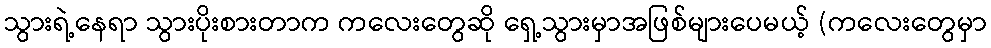
သွားရဲ့နေရာ သွားပိုးစားတာက ကလေးတွေဆို ရှေ့သွားမှာအဖြစ်များပေမယ့် (ကလေးတွေမှာ